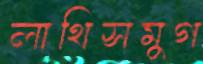
লাথিসমুগ